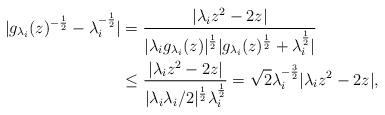
LaTeX: \begin{align*}|g_{\lambda_i}(z)^{-\frac{1}{2}}-\lambda_i^{-\frac{1}{2}}|&=\frac{|\lambda_iz^2-2z|}{|\lambda_ig_{\lambda_i}(z)|^{\frac{1}{2}}|g_{\lambda_i}(z)^{\frac{1}{2}}+\lambda_i^{\frac{1}{2}}|}\\&\leq \frac{|\lambda_iz^2-2z|}{|\lambda_i\lambda_i/2|^{\frac{1}{2}}\lambda_i^{\frac{1}{2}}}=\sqrt{2}\lambda_i^{-\frac{3}{2}}|\lambda_iz^2-2z|,\end{align*}